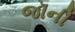
જૉની